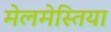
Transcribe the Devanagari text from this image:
मेलमेस्तिया